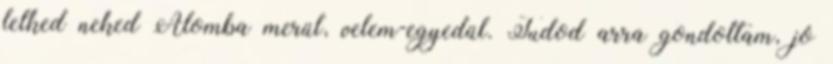
lelked neked Álomba merül, velem-egyedül. Tudod arra gondoltam, jó